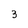
Character: 3